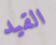
القيد